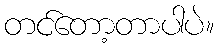
တင်တော့တာပါပဲ။